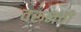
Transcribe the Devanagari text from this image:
वरूनची